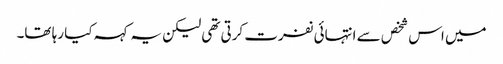
میں اس شخص سے انتہائی نفرت کرتی تھی لیکن یہ کہہ کیا رہا تھا۔